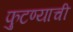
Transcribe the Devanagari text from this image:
फुटण्याची